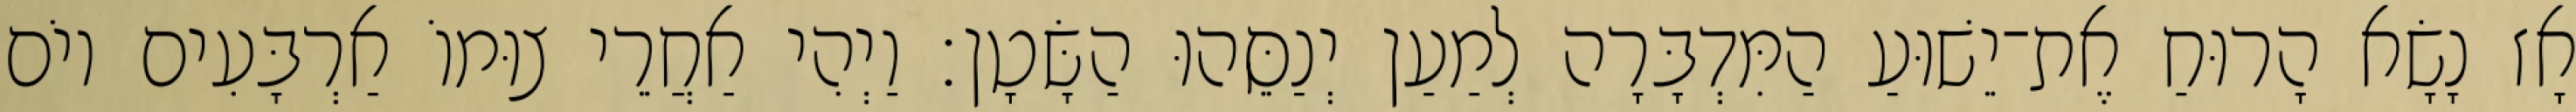
אָז נָשָׂא הָרוּחַ אֶת־יֵשׁוּעַ הַמִּדְבָּרָה לְמַעַן יְנַסֵּהוּ הַשָּׂטָן׃ וַיְהִי אַחֲרֵי צוּמוֹ אַרְבָּעִים יוֹם